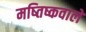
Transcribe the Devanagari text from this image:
मष्तिष्कवाले